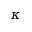
\kappa